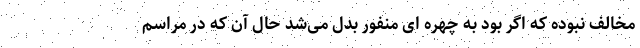
مخالف نبوده که اگر بود به چهره ای منفور بدل می‌شد حال آن که در مراسم